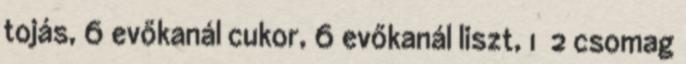
tojás, 6 evőkanál cukor, 6 evőkanál liszt, 1 2 csomag